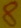
Text: 8